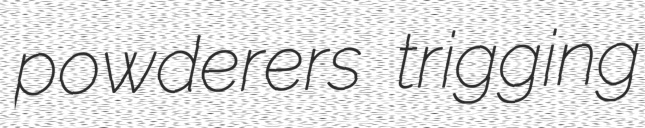
powderers trigging